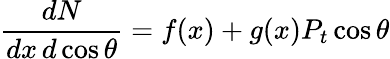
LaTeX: \frac{dN}{dx\, d\cos\theta}=f(x)+g(x)P_{t}\cos\theta